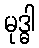
မုဒ္ဓါ